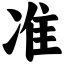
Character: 准